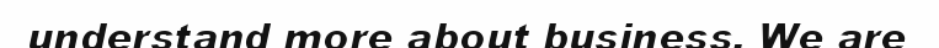
understand more about business. We are